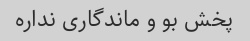
پخش بو و ماندگاری نداره